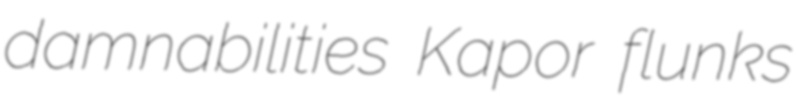
damnabilities Kapor flunks